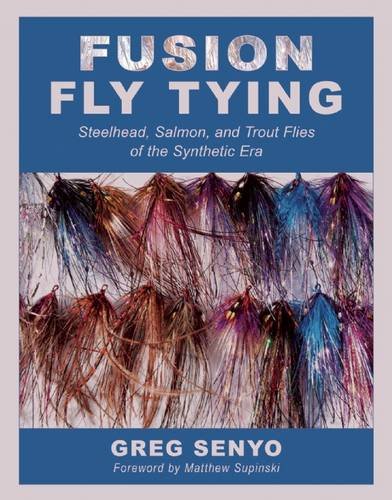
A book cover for Fusion Fly Tying: Steelhead, Salmon, and Trout Flies of the Synthetic Era; Greg Senyo; Sports & Outdoors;